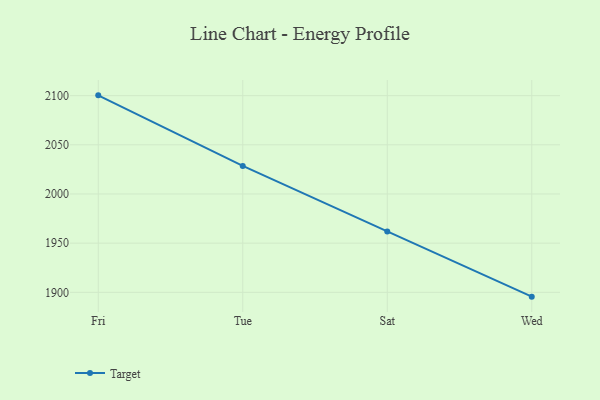
{"axis": {"x": "Day", "y": "LTV (USD)"}, "legend": ["Target"], "data": [{"x": "Fri", "y": 2100.3, "type": "Target"}, {"x": "Tue", "y": 2028.5, "type": "Target"}, {"x": "Sat", "y": 1961.9, "type": "Target"}, {"x": "Wed", "y": 1895.6, "type": "Target"}]}